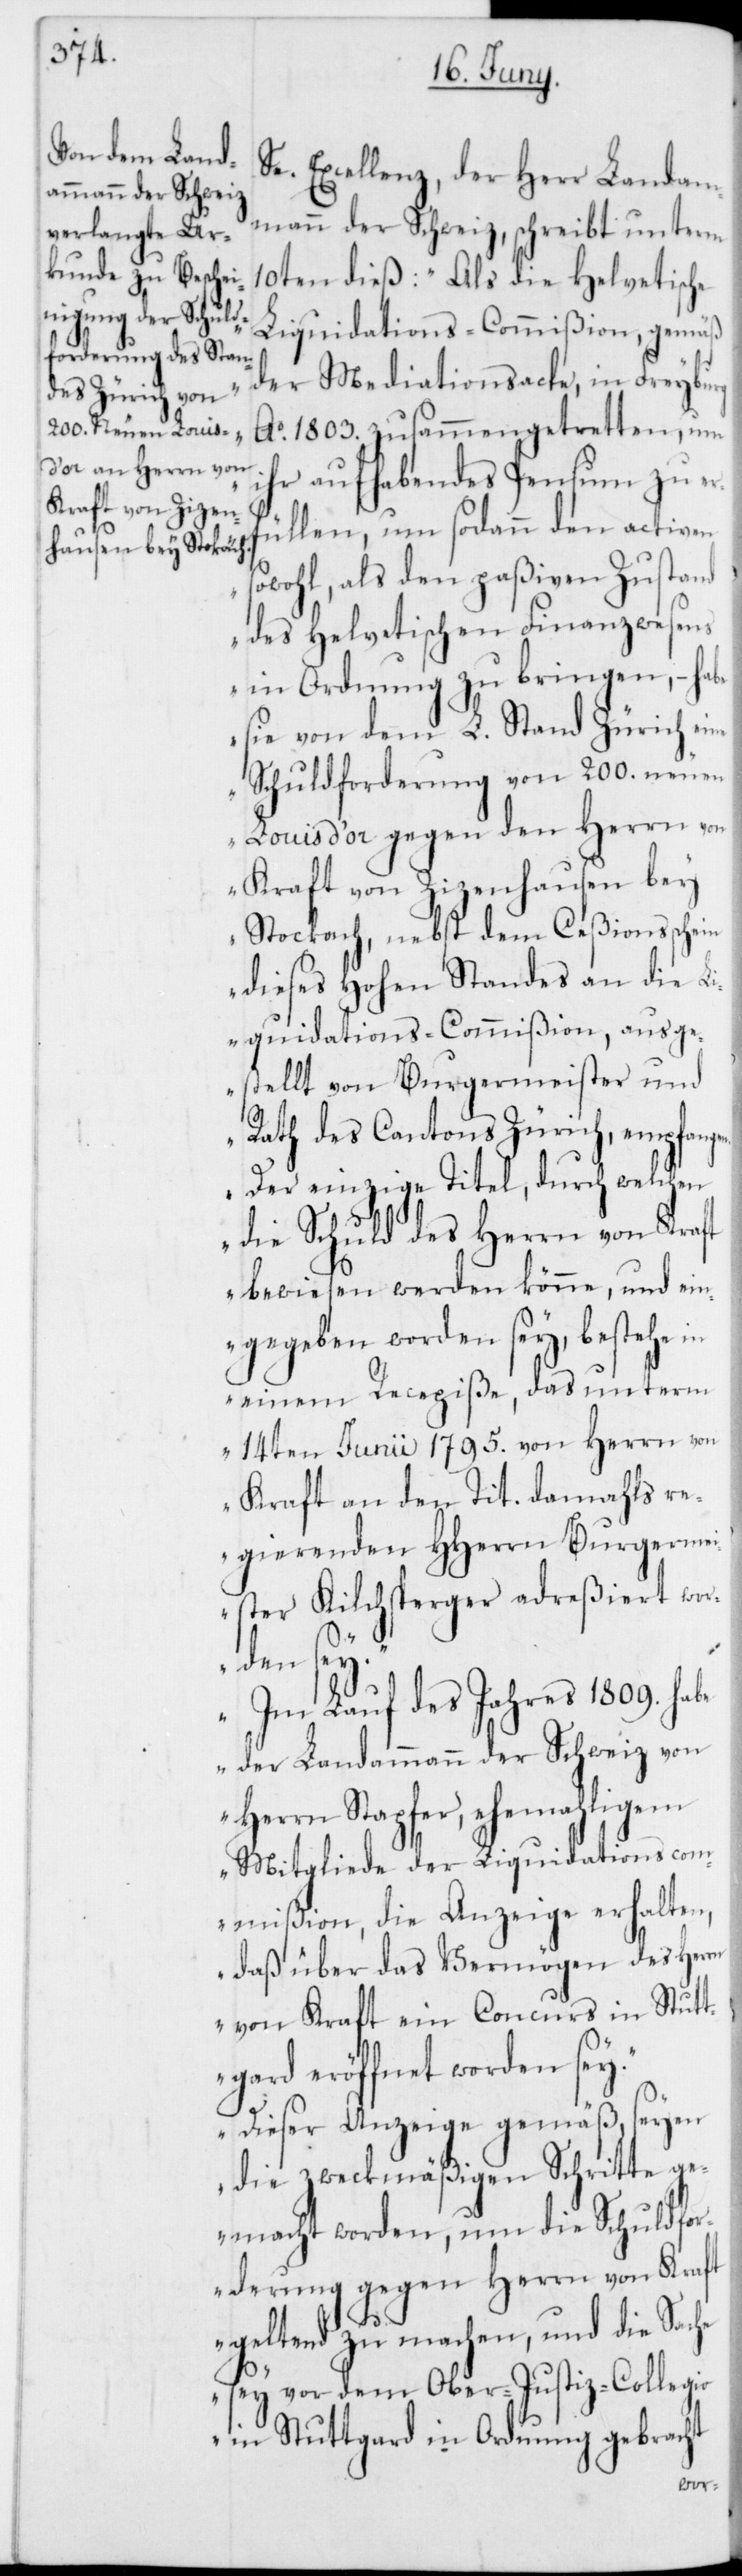
Se. Excellenz, der Herr Landam¬
mann der Schweiz, schreibt unterm
10ten dieß: „Als die Helvetische
Liquidations-Commißion, gemäß
der Mediationsacte, in Freyburg
Ao 1803. zusammengetretten, um
ihr aufhabendes Pensum zu er¬
füllen, um sodann den activen
sowohl, als den paßiven Zustand
des Helvetischen Finanzwesens
in Ordnung zu bringen, – habe
sie von dem L. Stand Zürich eine
Schuldforderung von 200. neuen
Louis d’or gegen den Herrn von
Kraft von Zizenhausen bey
Stockach, nebst dem Ceßionsschein
dieses Hohen Standes an die L¬
iquidations-Commißion, ausge¬
stellt von Burgermeister und
Rath des Cantons Zürich empfang¬
Der einzige Titel, durch welchen
die Schuld des Herrn von Kraft
bewiesen werden könne, und ein¬
gegeben worden sey, bestehe in
einem Recepisse, das unterm
14ten Junii 1795. von Herrn von
Kraft an den Tit. damahls re¬
gierenden HHerren Burgermei¬
ster Kilchsperger adreßiert wor¬
den
„Im Lauf des Jahres 1809. habe
der Landammann der Schweiz von
Herrn Stapfer, ehemahligem
Mitgliede der Liquidationscom¬
mißion, die Anzeige erhalten,
daß über das Vermögen des Herrn
von Kraft ein Concurs in Stut¬
tgard eröffnet worden sey.“
„Dieser Anzeige gemäß, seyen
die zweckmäßigen Schritte g¬
emacht worden, um die Schuldfor¬
derung gegen den Herrn von Kraft
geltend zu machen, und die Sache
sey vor dem Ober-Justiz-Collegio
in Stuttgard in Ordnung gebracht